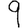
Digit: 9